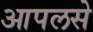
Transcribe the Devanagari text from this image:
आपलसे